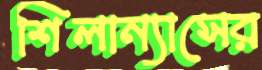
শিলান্যাসের